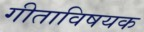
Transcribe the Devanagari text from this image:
गीताविषयक